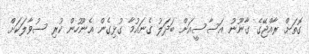
ގޮތަށް ރާއްޖޭގެ ގާނޫނު އަސާސީއަށް ބަދަލު ގެނައުމާ ގުޅިގެން އެނޫހުން ކުރި ސުވާލަކަށް